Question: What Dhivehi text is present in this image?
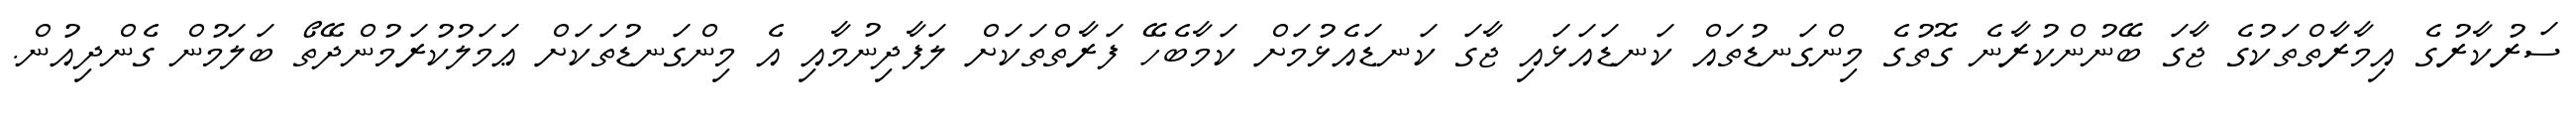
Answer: ސަރުކާރުގެ އިމާރާތްތަކުގެ ޖާގަ ބޭނުންކުރާނެ ގޮތުގެ މިންގަނޑުތައް ކަނޑައަޅައި ޖާގަ ކަނޑައެޅުމަށް ކަމާބެހޭ ފަރާތްތަކަށް ލަފާދިނުމާއި އެ މިންގަނޑުތަކަށް ޢަމަލުކުރަމުންދޭތޯ ބަލަމުން ގެންދިއުން.